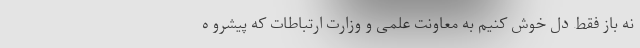
نه باز فقط دل خوش کنیم به معاونت علمی و وزارت ارتباطات که پیشرو ه